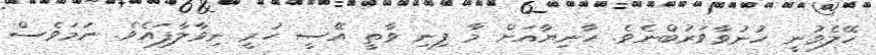
ހޭލެވުނީ ހުނުވާވަރުބްނެވެ. ހާނިޔާއަށް މާ ފިނި ވާތީ އޭސީ ހުރީ ނިވާލާފައެވެ. ނަމަވެސް